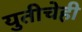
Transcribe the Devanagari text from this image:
युतीचेही